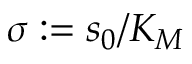
\sigma : = s _ { 0 } / K _ { M }